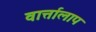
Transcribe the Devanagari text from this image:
वार्त्तालाप